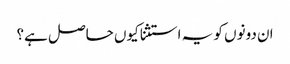
ان دونوں کو یہ استثنا کیوں حاصل ہے؟